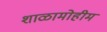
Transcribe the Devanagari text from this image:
शाळामोहीम